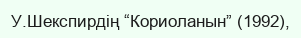
У.Шекспирдің “Кориоланын” (1992),